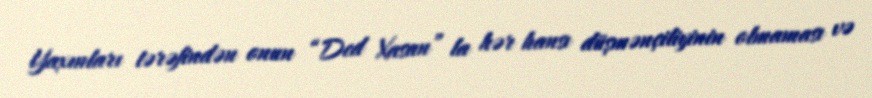
Yaxınları tərəfindən onun “Ded Xasan” la hər hansı düşmənçiliyinin olmaması və